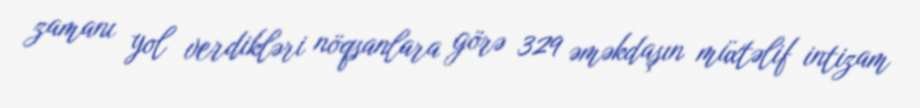
zamanı yol verdikləri nöqsanlara görə 329 əməkdaşın müxtəlif intizam